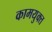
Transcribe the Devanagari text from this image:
कामयुक्त